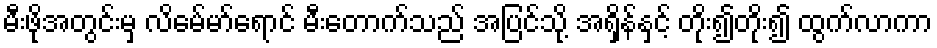
မီးဖိုအတွင်းမှ လိမေ်မာ်ရောင် မီးတောက်သည် အပြင်သို့ အရှိန်နှင့် တိုး၍တိုး၍ ထွက်လာကာ